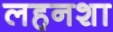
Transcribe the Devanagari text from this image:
लहनशा